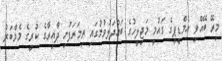
މިރޭ ބޭއްވި އެމްޑީޕީގެ ގައުމީ މަޖިލީހުގެ ބައްދަލުވުމުގައި ތިމަރަފުށި ދާއިރާގެ ކުރީގެ މެމްބަރު